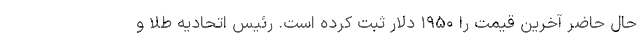
حال حاضر آخرین قیمت را ۱۹۵۰ دلار ثبت کرده است. رئیس اتحادیه طلا و